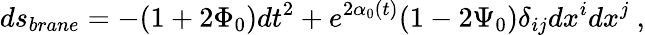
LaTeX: ds_{brane}=-(1+2\Phi_{0})dt^{2}+e^{2\alpha_{0}(t)}(1-2\Psi_{0})\delta_{ij}dx^{i}dx^{j}\ ,